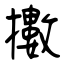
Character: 擻